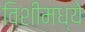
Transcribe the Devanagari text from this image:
विशीमध्ये